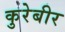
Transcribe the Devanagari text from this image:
कुरेबीर